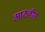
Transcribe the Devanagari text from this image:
आठवीस